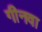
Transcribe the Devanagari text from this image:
गीनवा